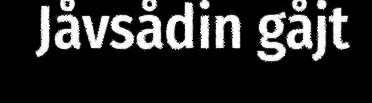
Jåvsådin gåjt